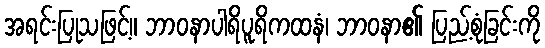
အရင်းပြုသဖြင့်။ ဘာဝနာပါရိပူရိကထနံ၊ ဘာဝနာ၏ ပြည့်စုံခြင်းကို